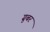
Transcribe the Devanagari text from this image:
ग्रुबर